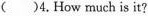
()4.How much is it?